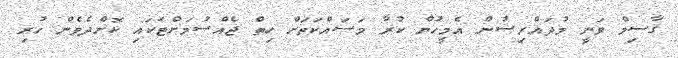
ޤާސިމް ވަނީ މުދައްރިސުން އެމީހުން ކުރާ މަސައްކަތަށް ހިތް ޖެއްސުމަށްޓަކައި ކޮށްދެވެން ހުރި